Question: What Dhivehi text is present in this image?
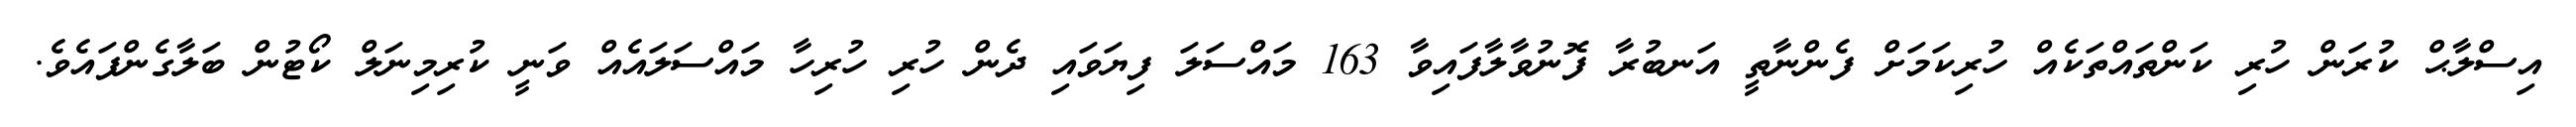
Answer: އިސްލާޙް ކުރަން ހުރި ކަންތައްތަކެއް ހުރިކަމަށް ފެންނާތީ އަނބުރާ ފޮނުވާލާފައިވާ 163 މައްސަލަ ފިޔަވައި ދެން ހުރި ހުރިހާ މައްސަލައެއް ވަނީ ކުރިމިނަލް ކޯޓުން ބަލާގެންފައެވެ.